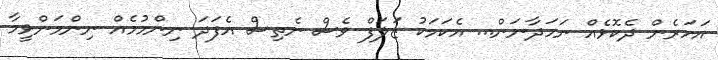
އަހަރެން ދެކޮޅެއް ނަހަދާނަން... އެކަމަކު ޒަލަފް ވެސް ނެތިސް އެފަދަ ނިންމުމެއް ނިންމަންވީމާ